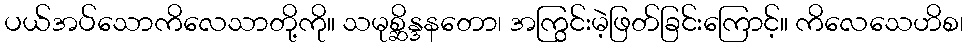
ပယ်အပ်သောကိလေသာတို့ကို။ သမုစ္ဆိန္ဒနတော၊ အကြွင်းမဲ့ဖြတ်ခြင်းကြောင့်။ ကိလေသေဟိစ၊